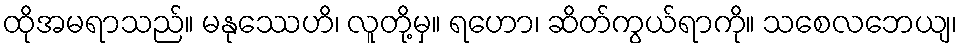
ထိုအမရာသည်။ မနုဿေဟိ၊ လူတို့မှ။ ရဟော၊ ဆိတ်ကွယ်ရာကို။ သစေလဘေယျ၊